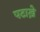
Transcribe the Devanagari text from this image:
पटाख़े